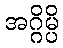
အဂ္ဂိမ္ပိ